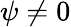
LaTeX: \psi\neq 0